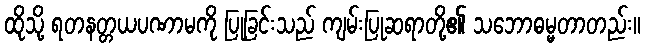
ထိုသို့ ရတနတ္တယပဏာမကို ပြုခြင်းသည် ကျမ်းပြုဆရာတို့၏ သဘောဓမ္မတာတည်း။